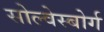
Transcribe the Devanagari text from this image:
सोल्वेस्बोर्ग